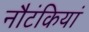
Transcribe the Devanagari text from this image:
नौटंकियां